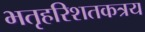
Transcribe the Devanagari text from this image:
भतृहरिशतकत्रय